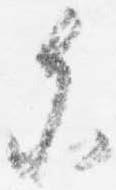
参